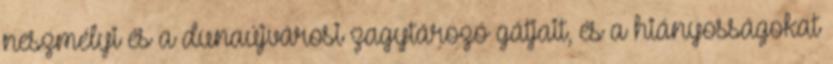
neszmélyi és a dunaújvárosi zagytározó gátjait, és a hiányosságokat